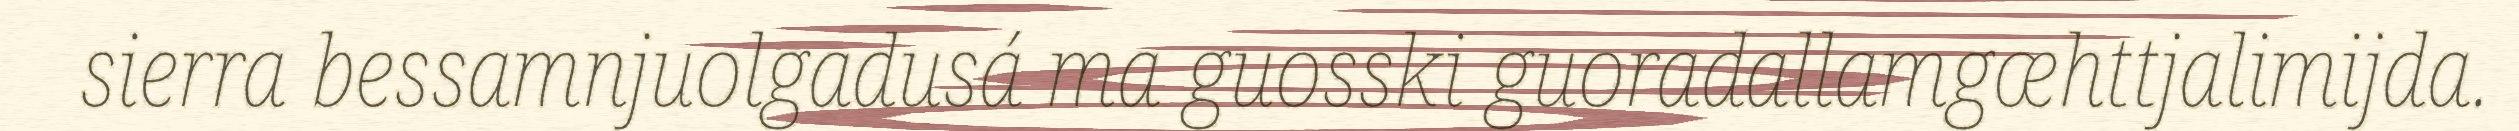
sierra bessamnjuolgadusá ma guosski guoradallamgæhttjalimijda.